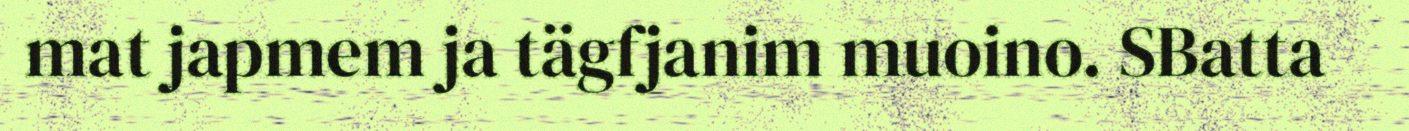
mat japmem ja tägfjanim muoino. SBatta